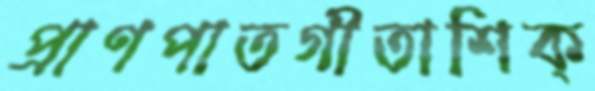
প্রাণপাতগীতাশিক্